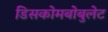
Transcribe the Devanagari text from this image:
डिसकोमबोबुलेट